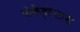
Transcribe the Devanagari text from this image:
पोकैहोन्टास